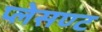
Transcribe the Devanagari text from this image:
प्लेसण्ट